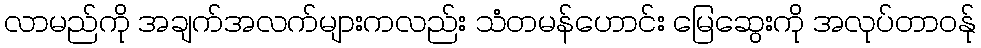
လာမည်ကို အချက်အလက်များကလည်း သံတမန်ဟောင်း မြေဆွေးကို အလုပ်တာဝန်ု